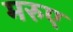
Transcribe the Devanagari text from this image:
मरुए